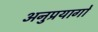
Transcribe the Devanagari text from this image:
अनुप्रयागों